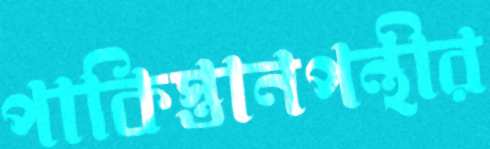
পাকিস্তানপন্থীর